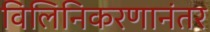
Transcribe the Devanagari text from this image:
विलिनिकरणानंतर